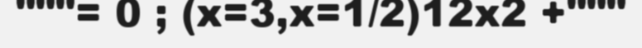
"""= 0 ; (x=3,x=1/2)12x2 +"""